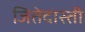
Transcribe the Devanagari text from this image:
जितेदास्ती